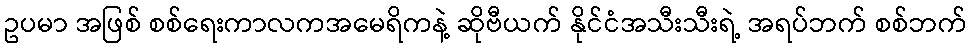
ဥပမာ အဖြစ် စစ်ရေးကာလကအမေရိကနဲ့ ဆိုဗီယက် နိုင်ငံအသီးသီးရဲ့ အရပ်ဘက် စစ်ဘက်